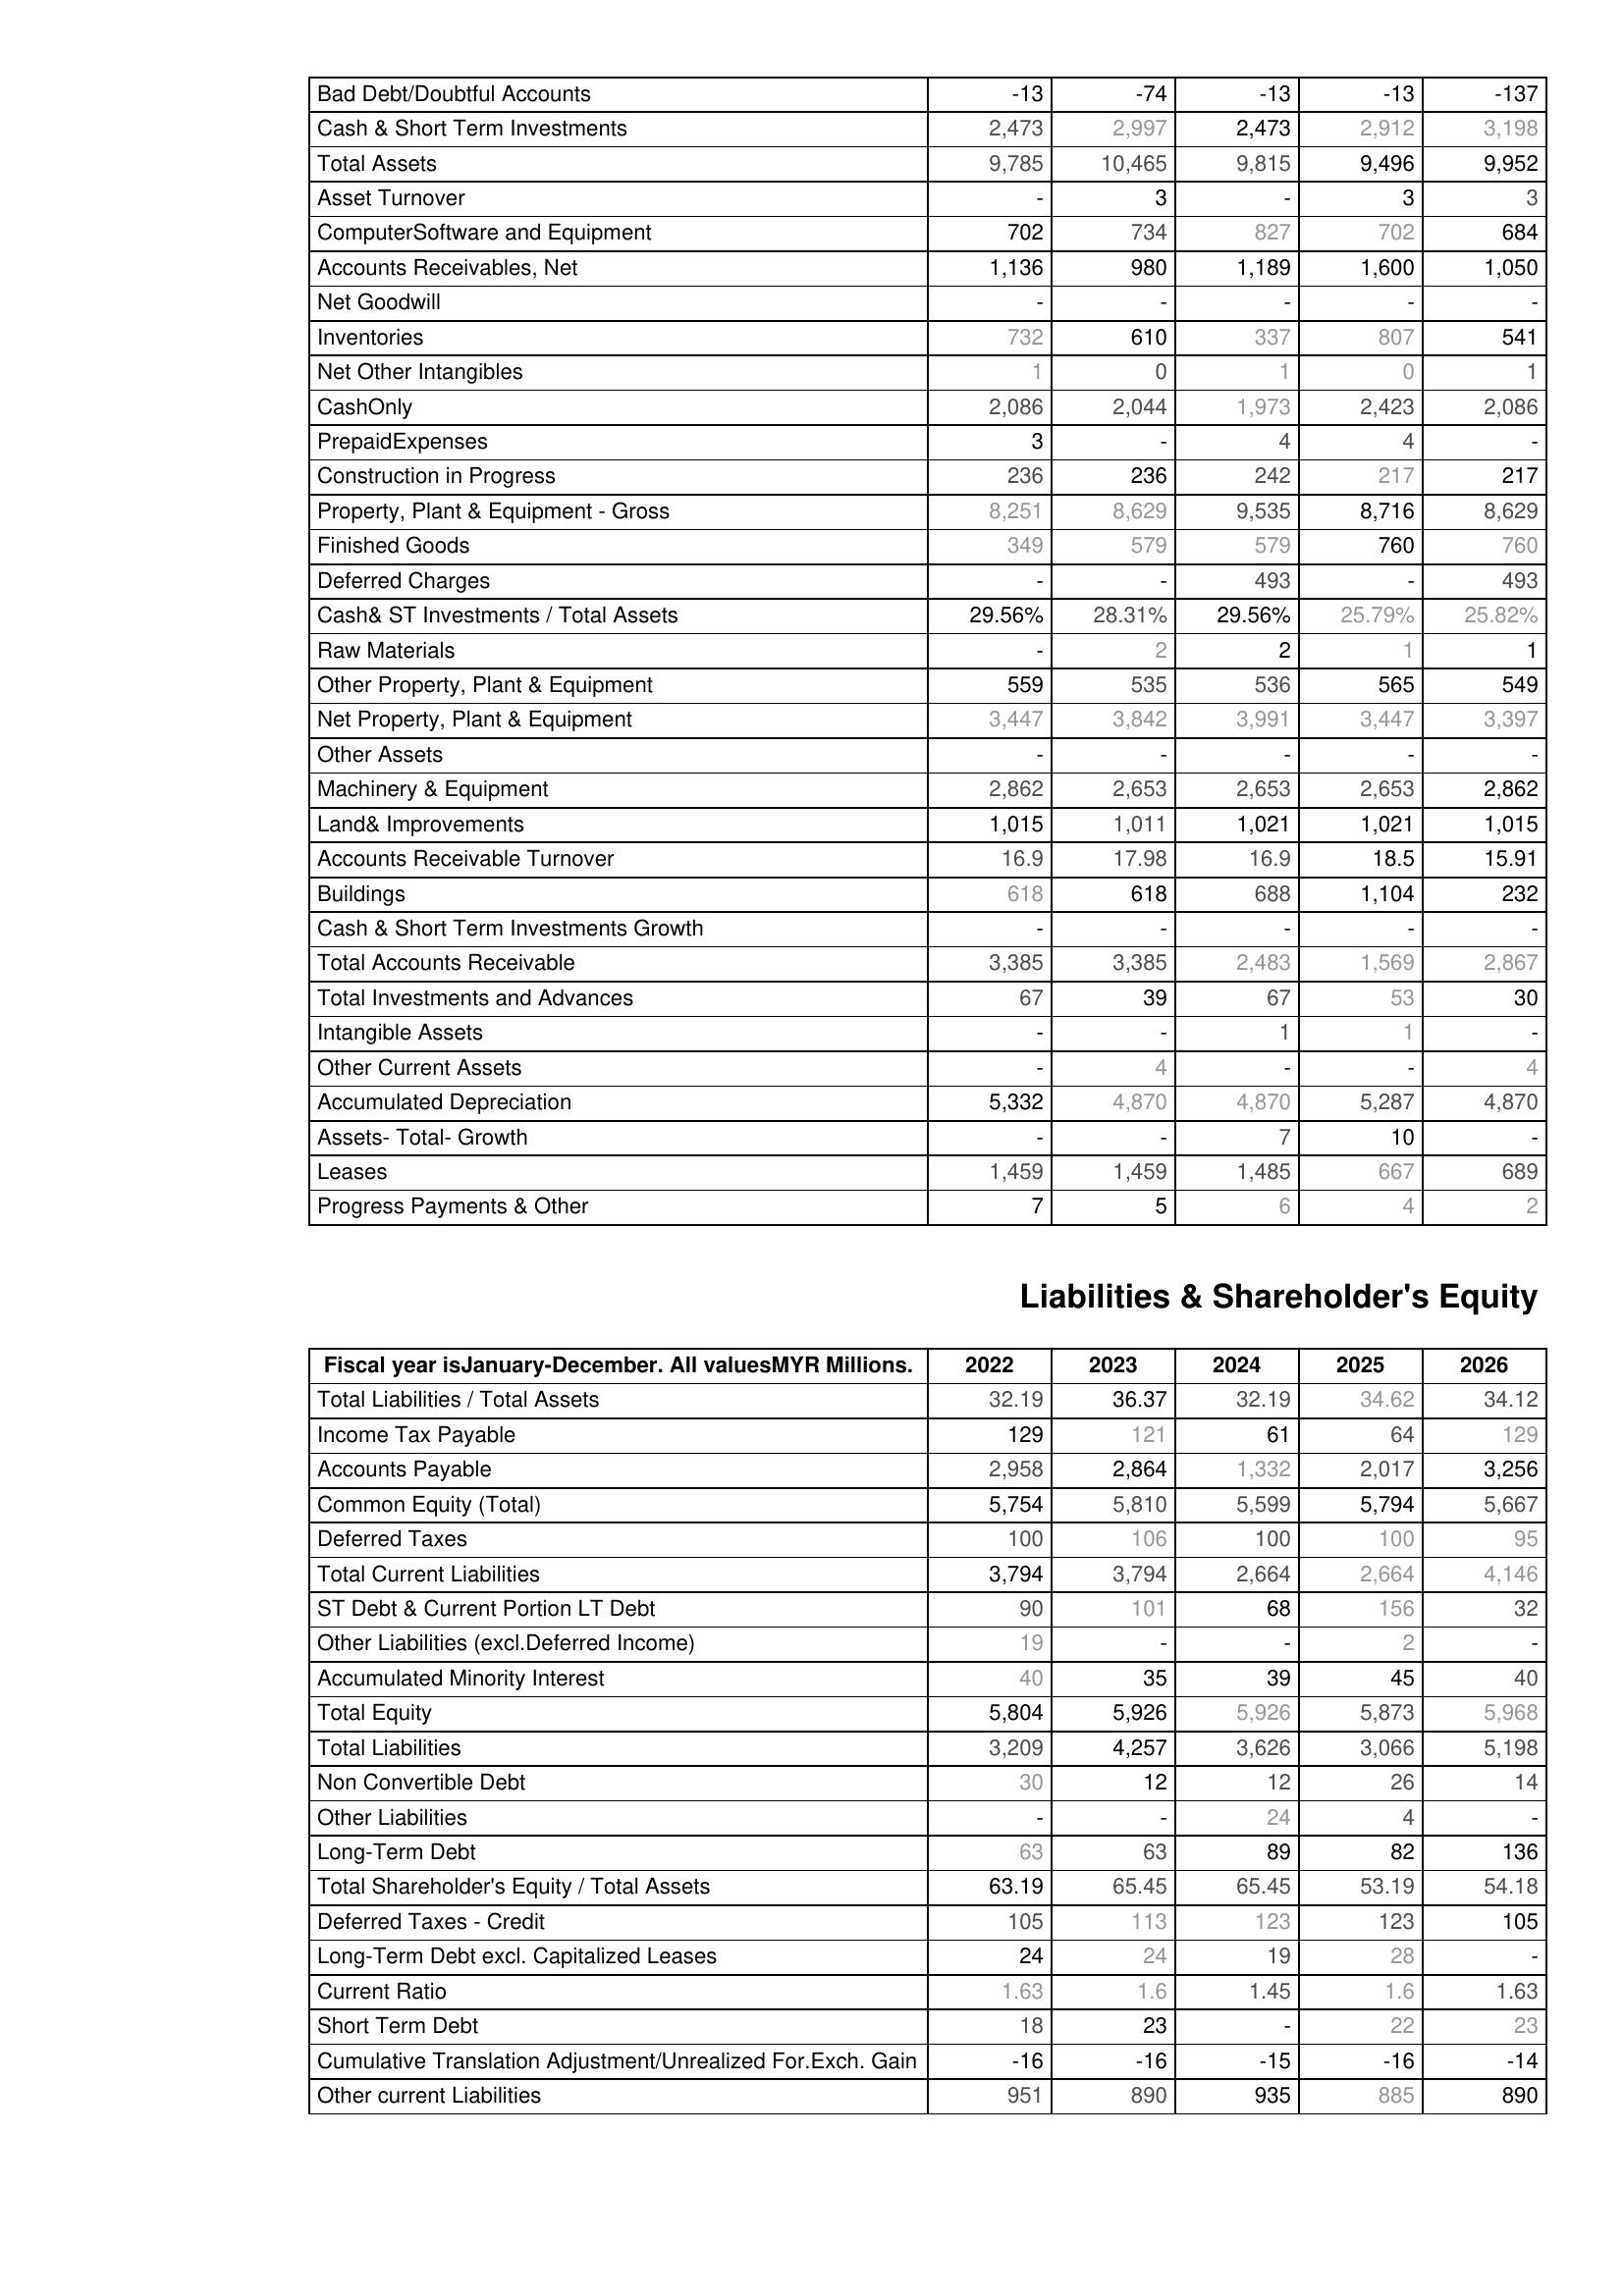
2022: Assets: Bad Debt/Doubtful Accounts: -13
Cash & Short Term Investments: 2,473
Total Assets: 9,785
Asset Turnover: -
ComputerSoftware and Equipment: 702
Accounts Receivables, Net: 1,136
Net Goodwill: -
Inventories: 732
Net Other Intangibles: 1
CashOnly: 2,086
PrepaidExpenses: 3
Construction in Progress: 236
Property, Plant & Equipment - Gross : 8,251
Finished Goods: 349
Deferred Charges: -
Cash& ST Investments / Total Assets: 29.56%
Raw Materials: -
Other Property, Plant & Equipment: 559
Net Property, Plant & Equipment: 3,447
Other Assets: -
Machinery & Equipment: 2,862
Land& Improvements: 1,015
Accounts Receivable Turnover: 16.9
Buildings: 618
Cash & Short Term Investments Growth: -
Total Accounts Receivable: 3,385
Total Investments and Advances: 67
Intangible Assets: -
Other Current Assets: -
Accumulated Depreciation: 5,332
Assets- Total- Growth: -
Leases: 1,459
Progress Payments & Other: 7
Liabilities & Shareholder's Equity: Total Liabilities / Total Assets: 32.19
Income Tax Payable: 129
Accounts Payable: 2,958
Common Equity (Total): 5,754
Deferred Taxes: 100
Total Current Liabilities: 3,794
ST Debt & Current Portion LT Debt: 90
Other Liabilities (excl.Deferred Income): 19
Accumulated Minority Interest: 40
Total Equity: 5,804
Total Liabilities: 3,209
Non Convertible Debt: 30
Other Liabilities: -
Long-Term Debt: 63
Total Shareholder's Equity / Total Assets: 63.19
Deferred Taxes - Credit: 105
Long-Term Debt excl. Capitalized Leases: 24
Current Ratio: 1.63
Short Term Debt: 18
Cumulative Translation Adjustment/Unrealized For.Exch. Gain: -16
Other current Liabilities: 951
2023: Assets: Bad Debt/Doubtful Accounts: -74
Cash & Short Term Investments: 2,997
Total Assets: 10,465
Asset Turnover: 3
ComputerSoftware and Equipment: 734
Accounts Receivables, Net: 980
Net Goodwill: -
Inventories: 610
Net Other Intangibles: 0
CashOnly: 2,044
PrepaidExpenses: -
Construction in Progress: 236
Property, Plant & Equipment - Gross : 8,629
Finished Goods: 579
Deferred Charges: -
Cash& ST Investments / Total Assets: 28.31%
Raw Materials: 2
Other Property, Plant & Equipment: 535
Net Property, Plant & Equipment: 3,842
Other Assets: -
Machinery & Equipment: 2,653
Land& Improvements: 1,011
Accounts Receivable Turnover: 17.98
Buildings: 618
Cash & Short Term Investments Growth: -
Total Accounts Receivable: 3,385
Total Investments and Advances: 39
Intangible Assets: -
Other Current Assets: 4
Accumulated Depreciation: 4,870
Assets- Total- Growth: -
Leases: 1,459
Progress Payments & Other: 5
Liabilities & Shareholder's Equity: Total Liabilities / Total Assets: 36.37
Income Tax Payable: 121
Accounts Payable: 2,864
Common Equity (Total): 5,810
Deferred Taxes: 106
Total Current Liabilities: 3,794
ST Debt & Current Portion LT Debt: 101
Other Liabilities (excl.Deferred Income): -
Accumulated Minority Interest: 35
Total Equity: 5,926
Total Liabilities: 4,257
Non Convertible Debt: 12
Other Liabilities: -
Long-Term Debt: 63
Total Shareholder's Equity / Total Assets: 65.45
Deferred Taxes - Credit: 113
Long-Term Debt excl. Capitalized Leases: 24
Current Ratio: 1.6
Short Term Debt: 23
Cumulative Translation Adjustment/Unrealized For.Exch. Gain: -16
Other current Liabilities: 890
2024: Assets: Bad Debt/Doubtful Accounts: -13
Cash & Short Term Investments: 2,473
Total Assets: 9,815
Asset Turnover: -
ComputerSoftware and Equipment: 827
Accounts Receivables, Net: 1,189
Net Goodwill: -
Inventories: 337
Net Other Intangibles: 1
CashOnly: 1,973
PrepaidExpenses: 4
Construction in Progress: 242
Property, Plant & Equipment - Gross : 9,535
Finished Goods: 579
Deferred Charges: 493
Cash& ST Investments / Total Assets: 29.56%
Raw Materials: 2
Other Property, Plant & Equipment: 536
Net Property, Plant & Equipment: 3,991
Other Assets: -
Machinery & Equipment: 2,653
Land& Improvements: 1,021
Accounts Receivable Turnover: 16.9
Buildings: 688
Cash & Short Term Investments Growth: -
Total Accounts Receivable: 2,483
Total Investments and Advances: 67
Intangible Assets: 1
Other Current Assets: -
Accumulated Depreciation: 4,870
Assets- Total- Growth: 7
Leases: 1,485
Progress Payments & Other: 6
Liabilities & Shareholder's Equity: Total Liabilities / Total Assets: 32.19
Income Tax Payable: 61
Accounts Payable: 1,332
Common Equity (Total): 5,599
Deferred Taxes: 100
Total Current Liabilities: 2,664
ST Debt & Current Portion LT Debt: 68
Other Liabilities (excl.Deferred Income): -
Accumulated Minority Interest: 39
Total Equity: 5,926
Total Liabilities: 3,626
Non Convertible Debt: 12
Other Liabilities: 24
Long-Term Debt: 89
Total Shareholder's Equity / Total Assets: 65.45
Deferred Taxes - Credit: 123
Long-Term Debt excl. Capitalized Leases: 19
Current Ratio: 1.45
Short Term Debt: -
Cumulative Translation Adjustment/Unrealized For.Exch. Gain: -15
Other current Liabilities: 935
2025: Assets: Bad Debt/Doubtful Accounts: -13
Cash & Short Term Investments: 2,912
Total Assets: 9,496
Asset Turnover: 3
ComputerSoftware and Equipment: 702
Accounts Receivables, Net: 1,600
Net Goodwill: -
Inventories: 807
Net Other Intangibles: 0
CashOnly: 2,423
PrepaidExpenses: 4
Construction in Progress: 217
Property, Plant & Equipment - Gross : 8,716
Finished Goods: 760
Deferred Charges: -
Cash& ST Investments / Total Assets: 25.79%
Raw Materials: 1
Other Property, Plant & Equipment: 565
Net Property, Plant & Equipment: 3,447
Other Assets: -
Machinery & Equipment: 2,653
Land& Improvements: 1,021
Accounts Receivable Turnover: 18.5
Buildings: 1,104
Cash & Short Term Investments Growth: -
Total Accounts Receivable: 1,569
Total Investments and Advances: 53
Intangible Assets: 1
Other Current Assets: -
Accumulated Depreciation: 5,287
Assets- Total- Growth: 10
Leases: 667
Progress Payments & Other: 4
Liabilities & Shareholder's Equity: Total Liabilities / Total Assets: 34.62
Income Tax Payable: 64
Accounts Payable: 2,017
Common Equity (Total): 5,794
Deferred Taxes: 100
Total Current Liabilities: 2,664
ST Debt & Current Portion LT Debt: 156
Other Liabilities (excl.Deferred Income): 2
Accumulated Minority Interest: 45
Total Equity: 5,873
Total Liabilities: 3,066
Non Convertible Debt: 26
Other Liabilities: 4
Long-Term Debt: 82
Total Shareholder's Equity / Total Assets: 53.19
Deferred Taxes - Credit: 123
Long-Term Debt excl. Capitalized Leases: 28
Current Ratio: 1.6
Short Term Debt: 22
Cumulative Translation Adjustment/Unrealized For.Exch. Gain: -16
Other current Liabilities: 885
2026: Assets: Bad Debt/Doubtful Accounts: -137
Cash & Short Term Investments: 3,198
Total Assets: 9,952
Asset Turnover: 3
ComputerSoftware and Equipment: 684
Accounts Receivables, Net: 1,050
Net Goodwill: -
Inventories: 541
Net Other Intangibles: 1
CashOnly: 2,086
PrepaidExpenses: -
Construction in Progress: 217
Property, Plant & Equipment - Gross : 8,629
Finished Goods: 760
Deferred Charges: 493
Cash& ST Investments / Total Assets: 25.82%
Raw Materials: 1
Other Property, Plant & Equipment: 549
Net Property, Plant & Equipment: 3,397
Other Assets: -
Machinery & Equipment: 2,862
Land& Improvements: 1,015
Accounts Receivable Turnover: 15.91
Buildings: 232
Cash & Short Term Investments Growth: -
Total Accounts Receivable: 2,867
Total Investments and Advances: 30
Intangible Assets: -
Other Current Assets: 4
Accumulated Depreciation: 4,870
Assets- Total- Growth: -
Leases: 689
Progress Payments & Other: 2
Liabilities & Shareholder's Equity: Total Liabilities / Total Assets: 34.12
Income Tax Payable: 129
Accounts Payable: 3,256
Common Equity (Total): 5,667
Deferred Taxes: 95
Total Current Liabilities: 4,146
ST Debt & Current Portion LT Debt: 32
Other Liabilities (excl.Deferred Income): -
Accumulated Minority Interest: 40
Total Equity: 5,968
Total Liabilities: 5,198
Non Convertible Debt: 14
Other Liabilities: -
Long-Term Debt: 136
Total Shareholder's Equity / Total Assets: 54.18
Deferred Taxes - Credit: 105
Long-Term Debt excl. Capitalized Leases: -
Current Ratio: 1.63
Short Term Debt: 23
Cumulative Translation Adjustment/Unrealized For.Exch. Gain: -14
Other current Liabilities: 890